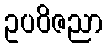
ဥပဝိဇညာ